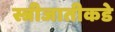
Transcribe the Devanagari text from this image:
स्त्रीजातीकडे